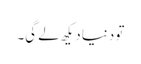
تو دنیا دیکھ لے گی۔